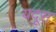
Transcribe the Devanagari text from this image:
यदूस